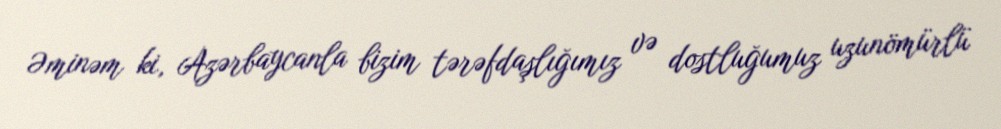
Əminəm ki, Azərbaycanla bizim tərəfdaşlığımız və dostluğumuz uzunömürlü